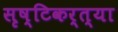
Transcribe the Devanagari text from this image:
सृष्टिकर्त्या